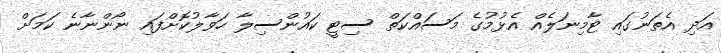
އަދި އެތަނުގައި ޓާމިނަލެއް އެޅުމުގެ މަސައްކަތް ސިޓީ ކައުންސިލާ ހަވާލުކޮށްފައި ނޯންނާނެ ކަމަށް